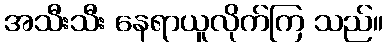
အသီးသီး နေရာယူလိုက်ကြ သည်။